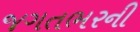
જગતભરની